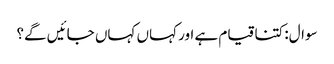
سوال:کتنا قیام ہے اور کہاں کہاں جائیں گے؟